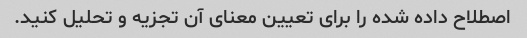
اصطلاح داده شده را برای تعیین معنای آن تجزیه و تحلیل کنید.